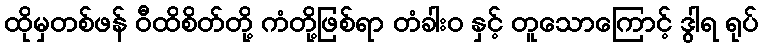
ထိုမှတစ်ဖန် ဝီထိစိတ်တို့ ကံတို့ဖြစ်ရာ တံခါးဝ နှင့် တူသောကြောင့် ဒွါရ ရုပ်